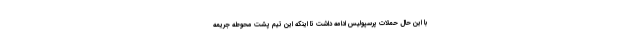
با این حال حملات پرسپولیس ادامه داشت تا اینکه این تیم پشت محوطه جریمه